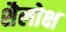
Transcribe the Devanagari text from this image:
शैलोक्ष